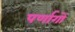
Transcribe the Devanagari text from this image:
पर्णागों